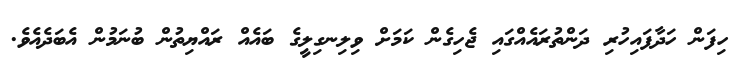
ހިފަން ހަދާފައިހުރި ދަންތުރައެއްގައި ޖެހިގެން ކަމަށް ވިލިނގިލީގެ ބައެއް ރައްޔިތުން ބުނަމުން އެބަދެއެވެ.